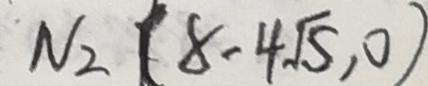
N _ { 2 } ( 8 - 4 \sqrt { 5 } , 0 )